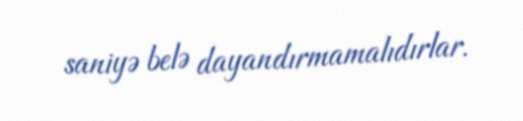
saniyə belə dayandırmamalıdırlar.